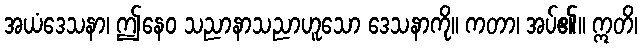
အယံဒေသနာ၊ ဤနေဝ သညာနာသညာဟူသော ဒေသနာကို။ ကတာ၊ အပ်၏။ ဣတိ၊